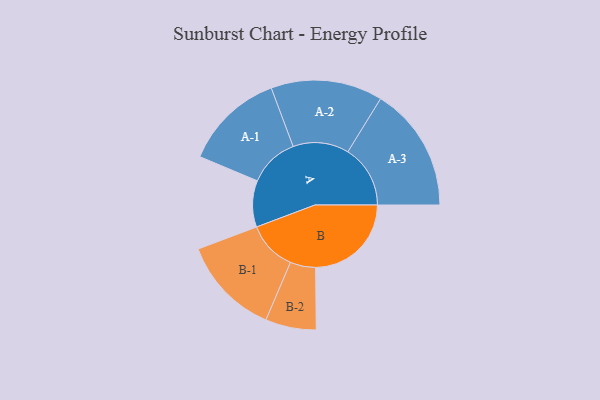
{"axis": {"x": "Segment", "y": "Value"}, "legend": ["", "A", "B"], "data": [{"x": "A", "y": 183, "type": ""}, {"x": "B", "y": 377, "type": ""}, {"x": "A-1", "y": 197, "type": "A"}, {"x": "A-2", "y": 220, "type": "A"}, {"x": "A-3", "y": 246, "type": "A"}, {"x": "B-1", "y": 195, "type": "B"}, {"x": "B-2", "y": 100, "type": "B"}]}